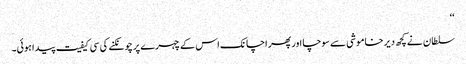
‘‘
سلطان نے کچھ دیر خاموشی سے سوچا اور پھر اچانک اس کے چہرے پر چونکنے کی سی کیفیت پیدا ہوئی۔